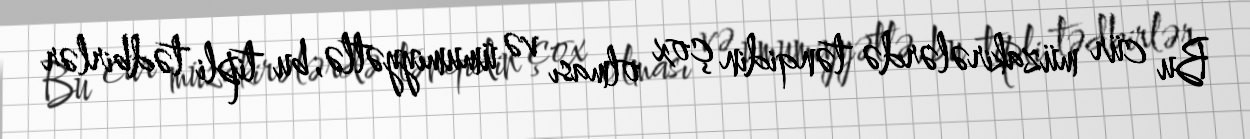
Bu cür müzakirələrdə tənqidin çox olması və ümumiyyətlə, bu tipli tədbirlər